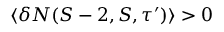
\langle \delta N ( S - 2 , S , \tau ^ { \prime } ) \rangle > 0